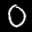
Label: 0